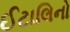
ઈટાલિનો